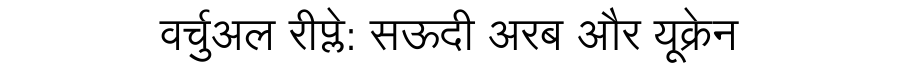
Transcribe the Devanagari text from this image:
वर्चुअल रीप्ले: सऊदी अरब और यूक्रेन